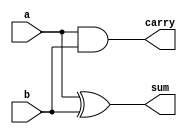
`timescale 1ns / 1ps
//////////////////////////////////////////////////////////////////////////////////
// Company: 
// 
// Design Name: 
// Module Name: half_adder
// Project Name: half_adder
// Target Devices: 
// Tool Versions: 
// Description: 
// 
// Dependencies: 
// 
// Revision:
// Revision 0.01 - File Created
// Additional Comments:
// 
//////////////////////////////////////////////////////////////////////////////////


module half_adder(input a,input b, output sum, output carry );
    assign sum = a ^ b;
    assign carry = a & b;
endmodule